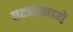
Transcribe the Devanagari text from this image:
पट्यांमध्ये